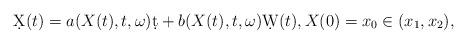
LaTeX: \begin{align*} \d X(t) = a(X(t), t, \omega)\d t + b(X(t), t, \omega)\d W(t), X(0) = x_0 \in (x_1, x_2),\end{align*}